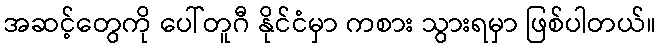
အဆင့်တွေကို ပေါ်တူဂီ နိုင်ငံမှာ ကစား သွားရမှာ ဖြစ်ပါတယ်။